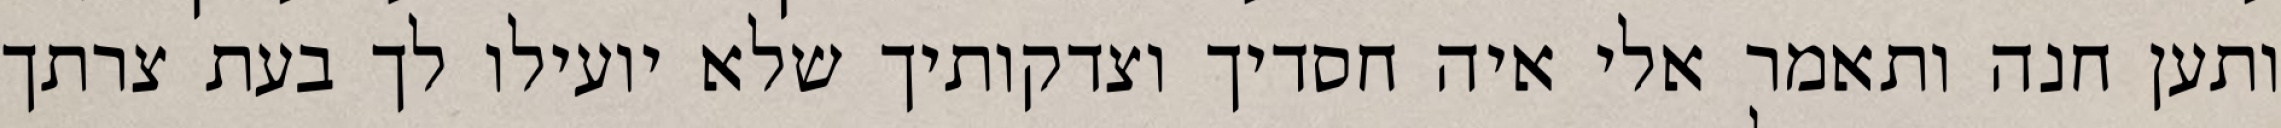
ותען חנה ותאמר אלי איה חסדיך וצדקותיך שלא יועילו לך בעת צרתך